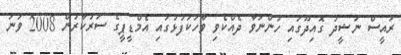
ރައީސް ނަޝީދު ގޮއިދޫގައި ހުންނަވާ ދެއްކެވި ވާހަކަފުޅުގައި އެމްޑީޕީގެ ސަރުކާރުން 2008 ވަނަ